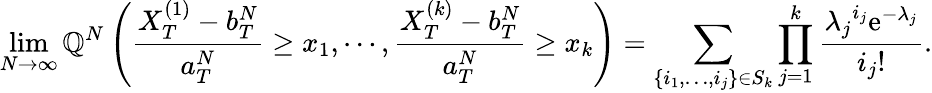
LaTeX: \operatorname*{lim}_{N\to\infty}{\mathbb Q}^{N}\left(\frac{X_{T}^{(1)}-b_{T}^{N}}{a_{T}^{N}}\geq x_{1},\cdots,\frac{X_{T}^{(k)}-b_{T}^{N}}{a_{T}^{N}}\geq x_{k}\right)=\sum_{\{ i_{1},\ldots,i_{j}\} \in S_{k}}\prod_{j=1}^{k}\frac{{\lambda_{j}}^{i_{j}}\mathrm{e}^{-\lambda_{j}}}{i_{j}!}.